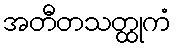
အတီတသတ္ထုကံ